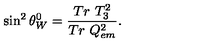
\sin ^ { 2 } \theta _ { W } ^ { 0 } = \frac { T r \ T _ { 3 } ^ { 2 } } { T r \ Q _ { e m } ^ { 2 } } .